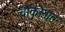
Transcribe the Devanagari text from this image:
चौकोनांत